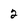
Character: 2